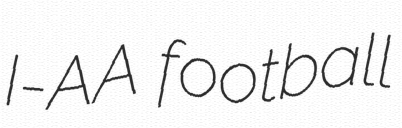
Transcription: I-AA football